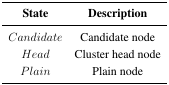
| State | Description |
 | --- | --- |
 | Candidate | Candidate node |
 | Head | Cluster head node |
 | Plain | Plain node |